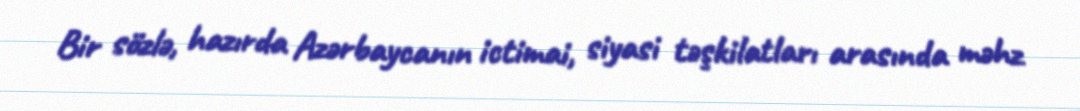
Bir sözlə, hazırda Azərbaycanın ictimai, siyasi təşkilatları arasında məhz